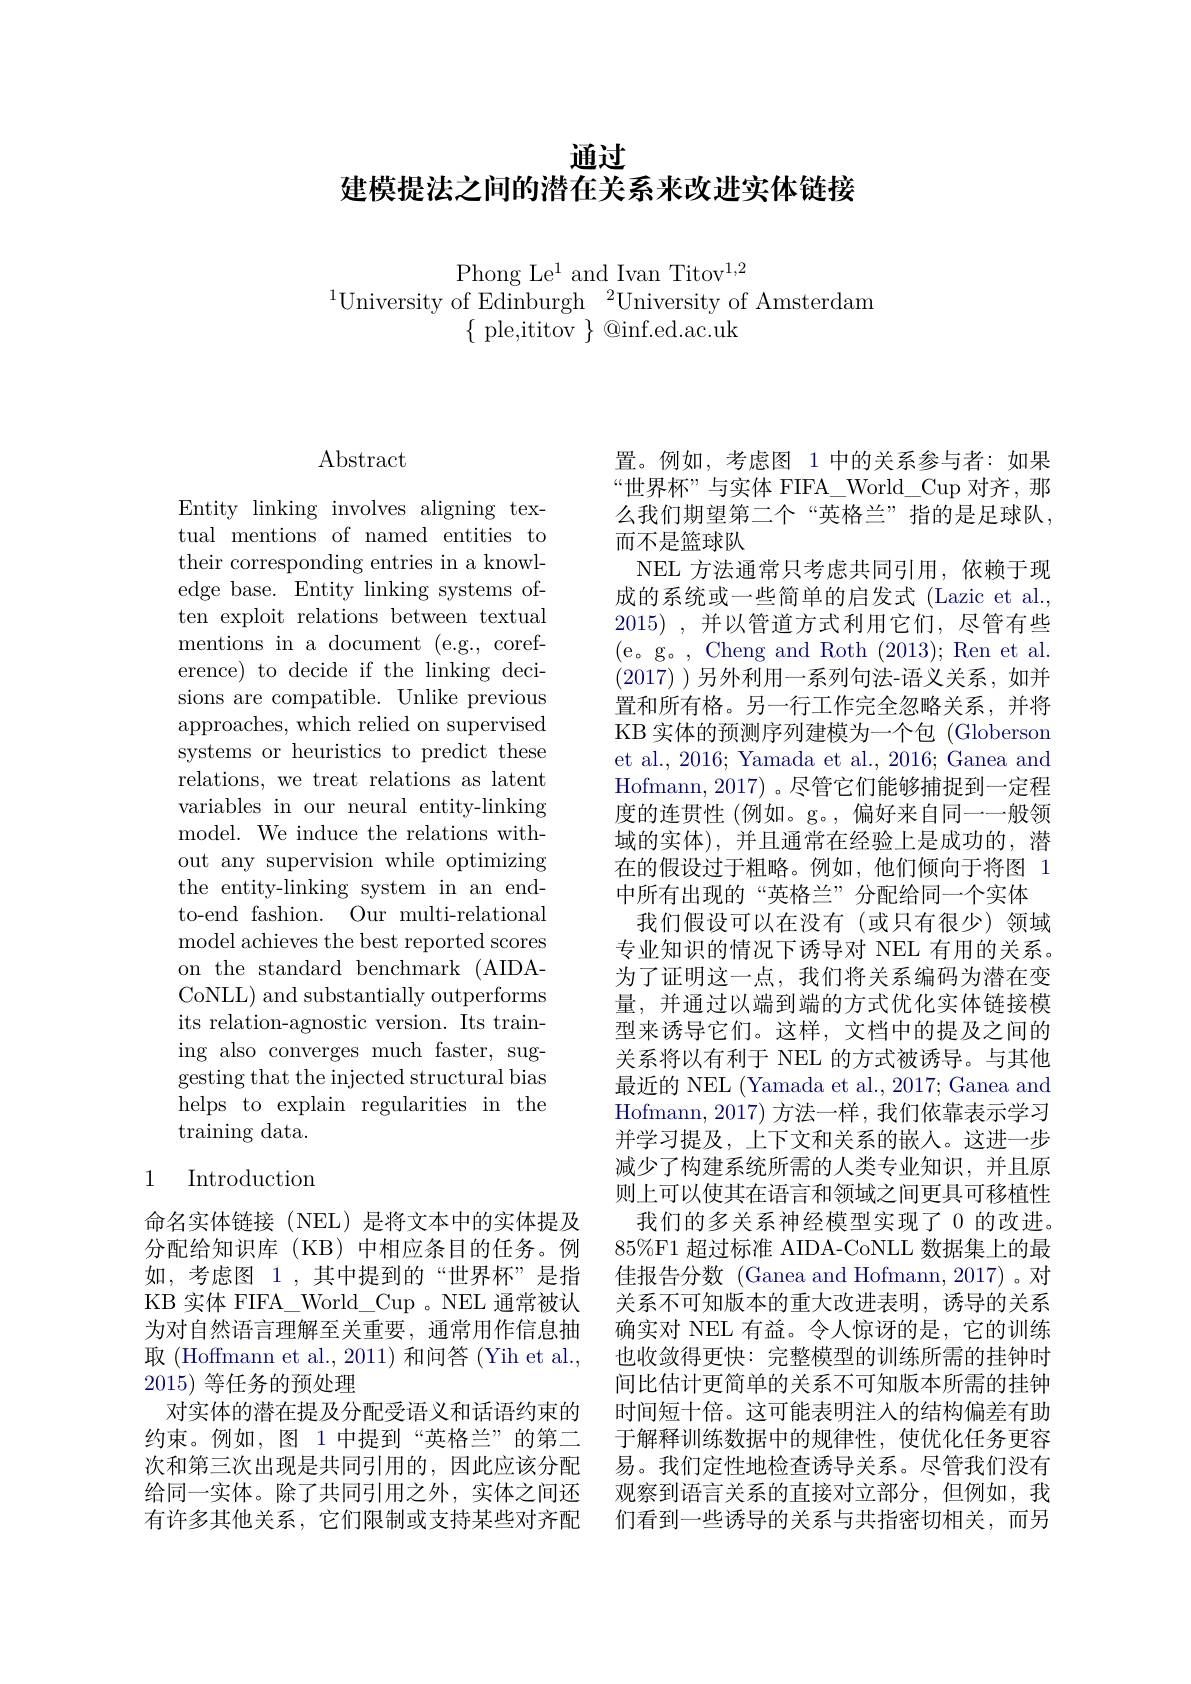
# 通过
建模提法之间的潜在关系来改进实体链接

Phong Le$^1$ and Ivan Titov$^1,2$
$^{1}$University of Edinburgh$^2$University of Amsterdam
$\{$ple,ititov$\}$@inf.ed.ac.uk

## $\operatorname{Abstract}$

Entity linking involves aligning textual mentions of named entities to their corresponding entries in a knowledge base. Entity linking systems often exploit relations between textual mentions in a document (e.g., coreference) to decide if the linking decisions are compatible. Unlike previous approaches, which relied on supervised systems or heuristics to predict these relations, we treat relations as latent variables in our neural entity-linking model. We induce the relations without any supervision while optimizing the entity-linking system in an endto-end fashion. Our multi-relational model achieves the best reported scores on the standard benchmark (AIDACoNLL) and substantially outperforms its relation-agnostic version. Its training also converges much faster, suggesting that the injected structural bias helps to explain regularities in the ${\mathrm{training~data.}}$

### 1 Introduction

命名实体链接(NEL)是将文本中的实体提及分配给知识库(KB)中相应条目的任务。例如，考虑图 1 ,其中提到的“世界杯”是指KB 实体 FIFA\_World\_Cup 。NEL 通常被认为对自然语言理解至关重要，通常用作信息抽取 (Hoffmann et al., 2011) 和问答 (Yih et al., 2015)等任务的预处理
对实体的潜在提及分配受语义和话语约束的约束。例如，图 1 中提到“英格兰”的第二次和第三次出现是共同引用的，因此应该分配给同一实体。除了共同引用之外，实体之间还有许多其他关系，它们限制或支持某些对齐配

置。例如，考虑图 1 中的关系参与者：如果“世界杯”与实体 FIFA\_World\_Cup 对齐，那么我们期望第二个“英格兰”指的是足球队， 而不是篮球队
NEL 方法通常只考虑共同引用，依赖于现成的系统或一些简单的启发式 (Lazic et al., 2015) , 并以管道方式利用它们，尽管有些(e。g。, Cheng and Roth (2013);Ren et al. (2017) )另外利用一系列句法-语义关系，如并置和所有格。另一行工作完全忽略关系，并将KB 实体的预测序列建模为一个包 (Globerson et al., 2016; Yamada et al., 2016; Ganea and Hofmann, 2017) 。尽管它们能够捕捉到一定程度的连贯性 (例如。g。, 偏好来自同一一般领域的实体),并且通常在经验上是成功的，潜在的假设过于粗略。例如，他们倾向于将图 1中所有出现的“英格兰”分配给同一个实体
我们假设可以在没有(或只有很少)领域专业知识的情况下诱导对 NEL 有用的关系。为了证明这一点，我们将关系编码为潜在变量，并通过以端到端的方式优化实体链接模型来诱导它们。这样，文档中的提及之间的关系将以有利于 NEL 的方式被诱导。与其他最近的 NEL (Yamada et al., 2017; Ganea and Hofmann, 2017方法一样，我们依靠表示学习并学习提及，上下文和关系的嵌人。这进一步减少了构建系统所需的人类专业知识，并且原则上可以使其在语言和领域之间更具可移植性
我们的多关系神经模型实现了 0 的改进。85%F1 超过标准 AIDA-CoNLL 数据集上的最佳报告分数 (Ganea and Hofmann, 2017) 。对关系不可知版本的重大改进表明，诱导的关系确实对 NEL 有益。令人惊讶的是，它的训练也收敛得更快：完整模型的训练所需的挂钟时间比估计更简单的关系不可知版本所需的挂钟时间短十倍。这可能表明注入的结构偏差有助于解释训练数据中的规律性，使优化任务更容易。我们定性地检查诱导关系。尽管我们没有观察到语言关系的直接对立部分，但例如，我们看到一些诱导的关系与共指密切相关，而另